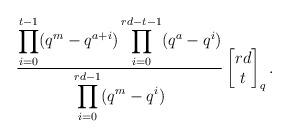
LaTeX: \begin{align*} \frac{\displaystyle \prod_{i=0}^{t-1}(q^m - q^{a+i}) \prod_{i=0}^{rd-t-1} (q^{a} - q^i)}{\displaystyle \prod_{i= 0}^{rd-1}(q^m - q^i)} \begin{bmatrix} rd \\ t \end{bmatrix}_q.\end{align*}